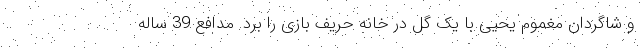
و شاگردان مغموم یحیی با یک گل در خانه حریف بازی را برد. مدافع 39 ساله